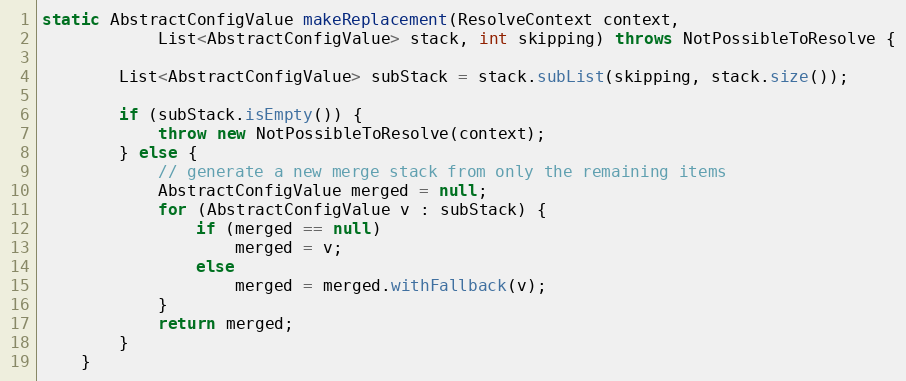
Language: Java
static AbstractConfigValue makeReplacement(ResolveContext context,
            List<AbstractConfigValue> stack, int skipping) throws NotPossibleToResolve {

        List<AbstractConfigValue> subStack = stack.subList(skipping, stack.size());

        if (subStack.isEmpty()) {
            throw new NotPossibleToResolve(context);
        } else {
            // generate a new merge stack from only the remaining items
            AbstractConfigValue merged = null;
            for (AbstractConfigValue v : subStack) {
                if (merged == null)
                    merged = v;
                else
                    merged = merged.withFallback(v);
            }
            return merged;
        }
    }